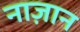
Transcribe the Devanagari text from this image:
नाज़ान